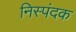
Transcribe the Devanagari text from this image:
निस्पंदक